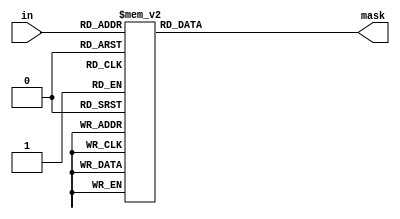
module mask_16 (in,mask);
input [3:0] in;
output [15:0] mask;
reg [15:0] mask;

parameter FROM_MSB = 1'b1;
parameter DIAG_ONES = 1'b1;

generate
  if (!FROM_MSB && !DIAG_ONES) begin
    always @(in) begin
    case (in)
      4'd0: mask=16'b0000000000000000;
      4'd1: mask=16'b0000000000000001;
      4'd2: mask=16'b0000000000000011;
      4'd3: mask=16'b0000000000000111;
      4'd4: mask=16'b0000000000001111;
      4'd5: mask=16'b0000000000011111;
      4'd6: mask=16'b0000000000111111;
      4'd7: mask=16'b0000000001111111;
      4'd8: mask=16'b0000000011111111;
      4'd9: mask=16'b0000000111111111;
      4'd10: mask=16'b0000001111111111;
      4'd11: mask=16'b0000011111111111;
      4'd12: mask=16'b0000111111111111;
      4'd13: mask=16'b0001111111111111;
      4'd14: mask=16'b0011111111111111;
      4'd15: mask=16'b0111111111111111;
      default: mask=0;
    endcase
    end
  end
  else if ( FROM_MSB && !DIAG_ONES) begin
    always @(in) begin
    case (in)
      4'd0: mask=16'b0000000000000000;
      4'd1: mask=16'b1000000000000000;
      4'd2: mask=16'b1100000000000000;
      4'd3: mask=16'b1110000000000000;
      4'd4: mask=16'b1111000000000000;
      4'd5: mask=16'b1111100000000000;
      4'd6: mask=16'b1111110000000000;
      4'd7: mask=16'b1111111000000000;
      4'd8: mask=16'b1111111100000000;
      4'd9: mask=16'b1111111110000000;
      4'd10: mask=16'b1111111111000000;
      4'd11: mask=16'b1111111111100000;
      4'd12: mask=16'b1111111111110000;
      4'd13: mask=16'b1111111111111000;
      4'd14: mask=16'b1111111111111100;
      4'd15: mask=16'b1111111111111110;
      default: mask=0;
    endcase
    end
  end
  else if (!FROM_MSB &&  DIAG_ONES) begin
    always @(in) begin
    case (in)
      4'd0: mask=16'b0000000000000001;
      4'd1: mask=16'b0000000000000011;
      4'd2: mask=16'b0000000000000111;
      4'd3: mask=16'b0000000000001111;
      4'd4: mask=16'b0000000000011111;
      4'd5: mask=16'b0000000000111111;
      4'd6: mask=16'b0000000001111111;
      4'd7: mask=16'b0000000011111111;
      4'd8: mask=16'b0000000111111111;
      4'd9: mask=16'b0000001111111111;
      4'd10: mask=16'b0000011111111111;
      4'd11: mask=16'b0000111111111111;
      4'd12: mask=16'b0001111111111111;
      4'd13: mask=16'b0011111111111111;
      4'd14: mask=16'b0111111111111111;
      4'd15: mask=16'b1111111111111111;
      default: mask=0;
    endcase
    end
  end
  else if ( FROM_MSB &&  DIAG_ONES) begin
    always @(in) begin
    case (in)
      4'd0: mask=16'b1000000000000000;
      4'd1: mask=16'b1100000000000000;
      4'd2: mask=16'b1110000000000000;
      4'd3: mask=16'b1111000000000000;
      4'd4: mask=16'b1111100000000000;
      4'd5: mask=16'b1111110000000000;
      4'd6: mask=16'b1111111000000000;
      4'd7: mask=16'b1111111100000000;
      4'd8: mask=16'b1111111110000000;
      4'd9: mask=16'b1111111111000000;
      4'd10: mask=16'b1111111111100000;
      4'd11: mask=16'b1111111111110000;
      4'd12: mask=16'b1111111111111000;
      4'd13: mask=16'b1111111111111100;
      4'd14: mask=16'b1111111111111110;
      4'd15: mask=16'b1111111111111111;
      default: mask=0;
    endcase
    end
  end
endgenerate
endmodule